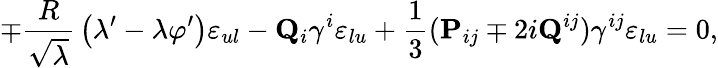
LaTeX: \mp{\frac{R}{\sqrt{\lambda}}}\left(\lambda^{\prime}-\lambda\varphi^{\prime}\right)\varepsilon_{ul}-{\mathbf Q}_{i}\gamma^{i}\varepsilon_{lu}+{\frac{1}{3}}({\mathbf P}_{ij}\mp 2i{\mathbf Q}^{ij})\gamma^{ij}\varepsilon_{lu}=0,